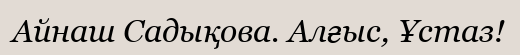
Айнаш Садықова. Алғыс, Ұстаз!